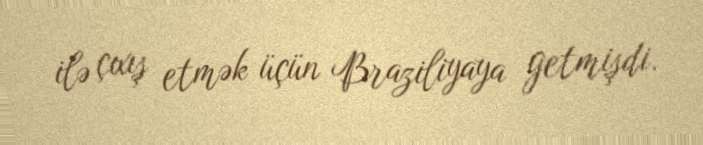
ilə çıxış etmək üçün Braziliyaya getmişdi.